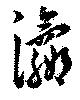
瀛